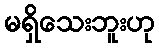
မရှိသေးဘူးဟု